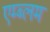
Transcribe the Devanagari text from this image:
एम्ब्लम